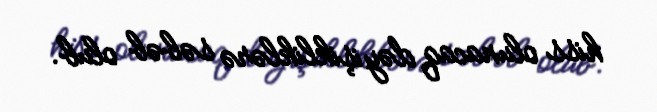
hiss olunacaq dəyişikliklərə səbəb olub.